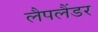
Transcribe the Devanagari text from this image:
लैपलैंडर